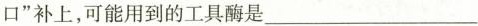
口”补上，可能用到的工具酶是___